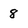
Character: 8